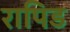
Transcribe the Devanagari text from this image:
रापिड